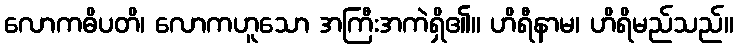
လောကဓိပတိ၊ လောကဟူသော အကြီးအကဲရှိ၏။ ဟိရီနာမ၊ ဟိရိမည်သည်။